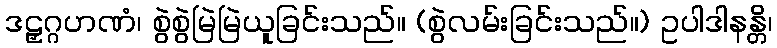
ဒဠှဂ္ဂဟဏံ၊ စွဲစွဲမြဲမြဲယူခြင်းသည်။ (စွဲလမ်းခြင်းသည်။) ဥပါဒါနန္တိ၊